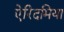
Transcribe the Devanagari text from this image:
ऐरिदमिया